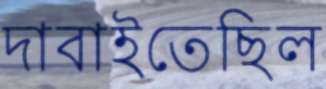
দাবাইতেছিল